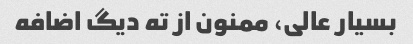
بسیار عالی، ممنون از ته دیگ اضافه